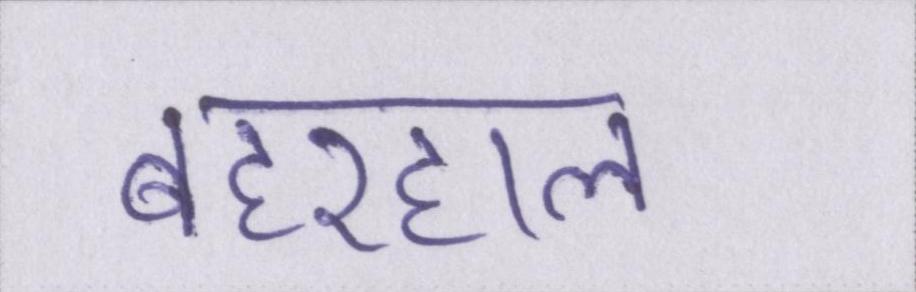
बहरहाल